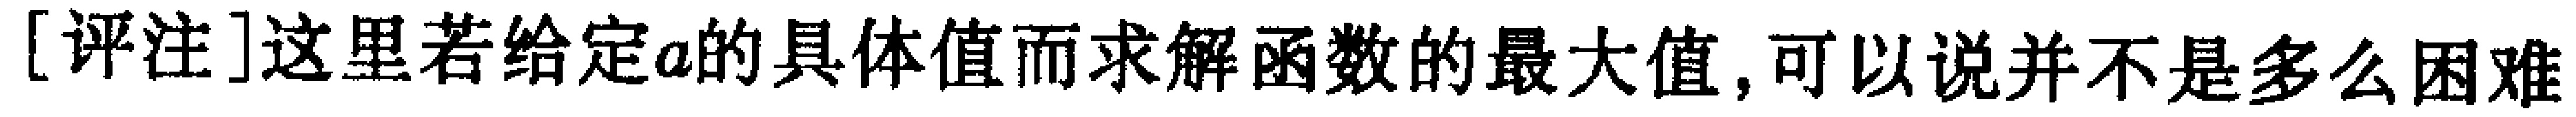
[评注]这里若给定\(a\)的具体值而求解函数的最大值,可以说并不是多么困难